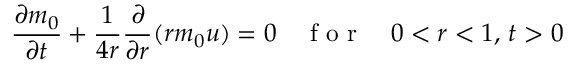
\frac { \partial m _ { 0 } } { \partial t } + \frac { 1 } { 4 r } \frac { \partial } { \partial r } ( r m _ { 0 } u ) = 0 \quad \mathrm { ~ f ~ o ~ r ~ } \quad 0 < r < 1 , \, t > 0